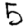
Digit: 5